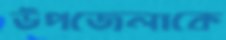
উপজেলাকে